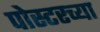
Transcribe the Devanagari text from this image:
पोस्टरच्या